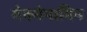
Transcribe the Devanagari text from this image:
मेक्मेनामिन